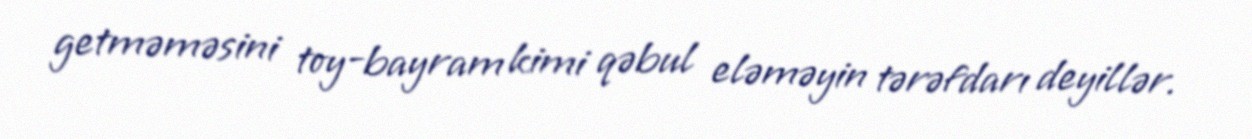
getməməsini toy-bayram kimi qəbul eləməyin tərəfdarı deyillər.